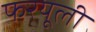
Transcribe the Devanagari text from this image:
फरयूली